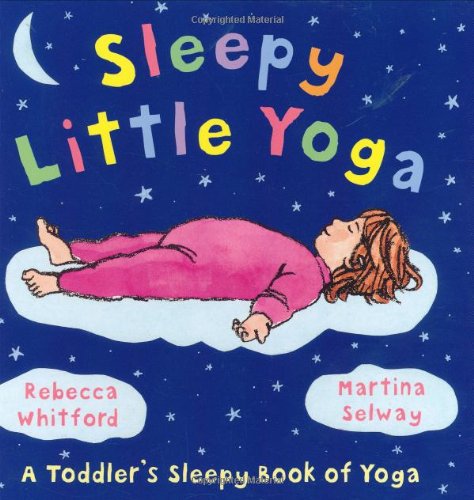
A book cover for Sleepy Little Yoga: A Toddler's Sleepy Book of Yoga; Rebecca Whitford; Health, Fitness & Dieting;